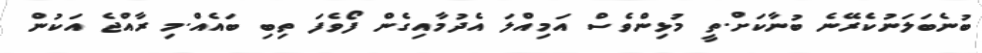
ބުނެބަލަނުކެރޭނެ ބުނާކަށް.ތީ މުޅިންވެސް އަމިއްލަ އެދުމާއިގެން ފޯވެފަ ތިބި ބައެއް.މި ރާއްޖެ އަކުން